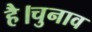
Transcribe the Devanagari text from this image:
है।चुनाव